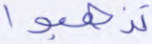
تذهبوا